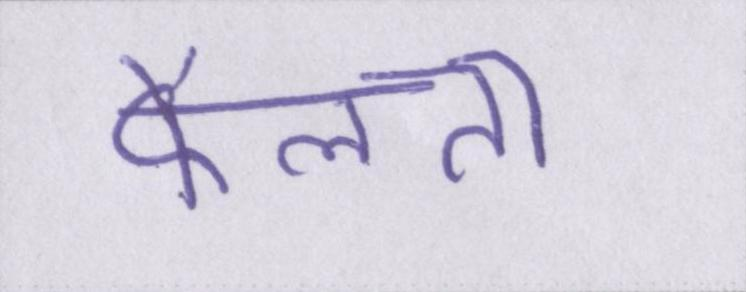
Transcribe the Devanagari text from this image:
फैलता